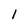
Character: l